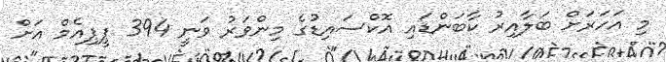
މި އަހަރަށް ބަލާއިރު ކާބަންޑައި އޮކްސައިޑުގެ މިންވަރު ވަނީ 394 ޕީޕިއެމް އަށް